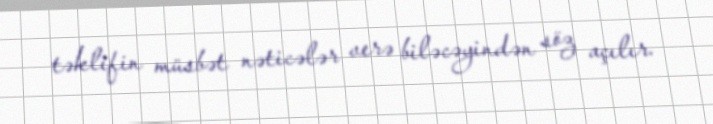
təklifin müsbət nəticələr verə biləcəyindən söz açılır.